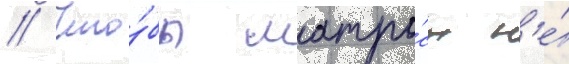
// Что́бы матро́сы н'е́